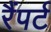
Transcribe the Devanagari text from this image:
रैंपर्ट